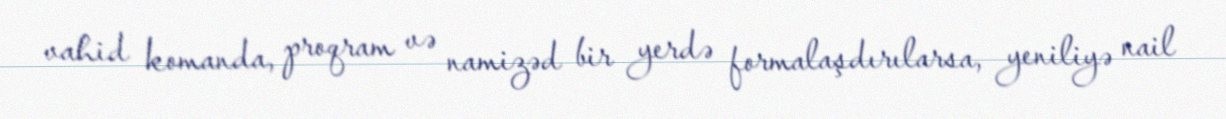
vahid komanda, proqram və namizəd bir yerdə formalaşdırılarsa, yeniliyə nail